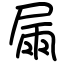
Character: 屚